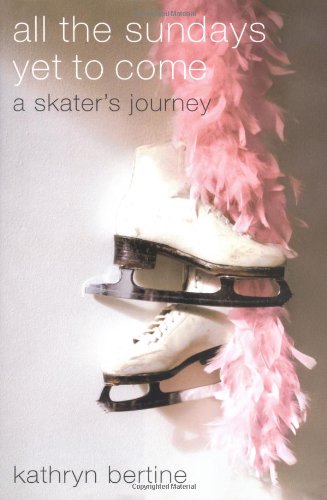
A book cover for All the Sundays Yet to Come: A Skater's Journey; Kathryn Bertine; Sports & Outdoors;